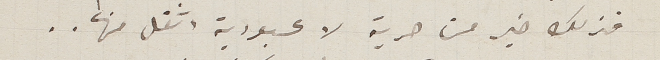
فذلك خير من حرية لا عبودية اثقل منها..